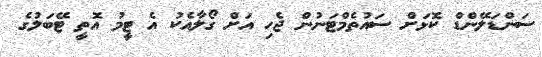
ސަންޑަލޭންޑް ކޮޅަށް ސައުތެމްޓަނުން ޖެހި އަށް ގޯލާއެކު އެ ޓީމު އޮތީ ޓޭބަލުގެ